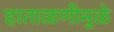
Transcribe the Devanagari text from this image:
हाताळणीमुळे